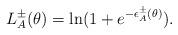
LaTeX: \begin{align*}L_{A}^{\pm }(\theta )=\ln (1+e^{-\epsilon _{A}^{\pm }(\theta )}).\end{align*}